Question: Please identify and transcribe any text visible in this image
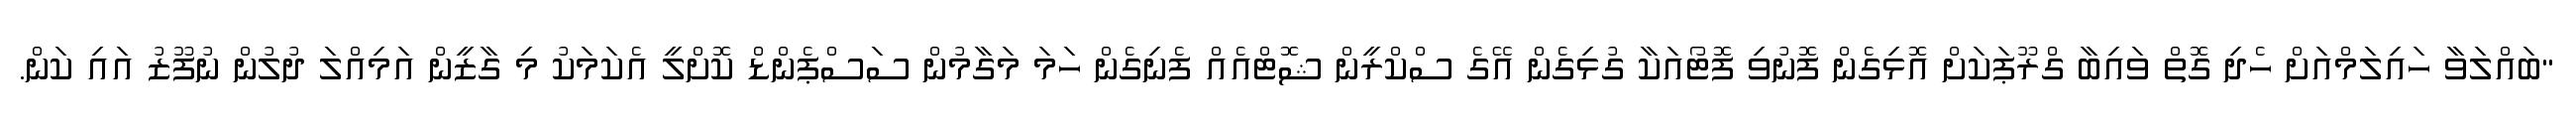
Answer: "ބައްލަވާ ހައިލަމްއަށް ހެދި ގޮތް ވައިބާ ގްރޫޕަކަށް އޮޅިގެން ފޮނުވި ފޮޓޯއަކާ ގުޅިގެން އޭގެ ސްކްރީން ޝޮޓްއެއް ފެނިގެން ހަމަ މަގާމުން ސަސްޕެންޑް ކޮށްލީ އެކަމަކު މި ގާޒީން އަމިއްލަ ދުލުން ނުފޫޒު އައި ކަން.